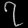
Digit: ၇